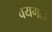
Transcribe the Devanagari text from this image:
वेयगल